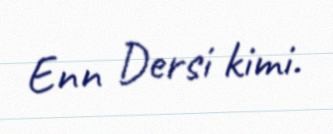
Enn Dersi kimi.